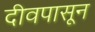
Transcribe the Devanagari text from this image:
दीवपासून